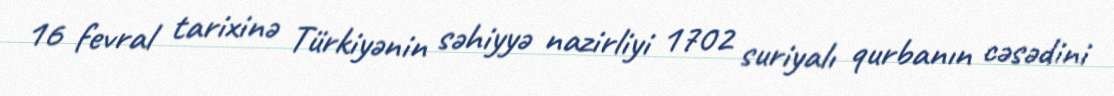
16 fevral tarixinə Türkiyənin səhiyyə nazirliyi 1702 suriyalı qurbanın cəsədini